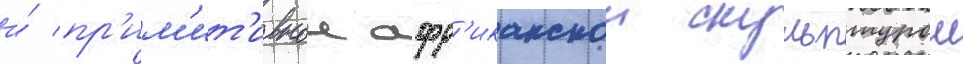
и́ пр'им'ит'ивнои афр'иканскои скульптурои